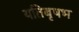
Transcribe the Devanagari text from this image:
यतिबृषभ